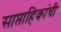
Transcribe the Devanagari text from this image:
साप्ताहिकांची